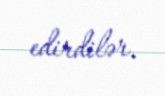
edirdilər.